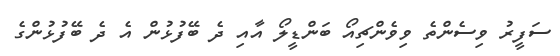
ސަފީރު ވިސެންތެ ވިވެންޗިއޯ ބަންޑީލޯ އާއި ދެ ބޭފުޅުން އެ ދެ ބޭފުޅުންގެ